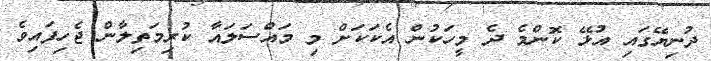
ދުނިޔޭގައި އުޅޭ ކޮންމެ ދެ މީހަކުން އެކަކަށް މި މައްސަލައާ ކުރިމަތިލާން ޖެހިފައިވެ